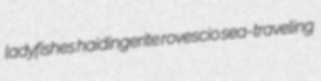
ladyfishes haidingerite rovescio sea-traveling